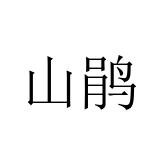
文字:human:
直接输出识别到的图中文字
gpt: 山鹃